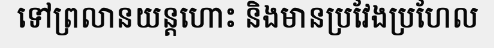
ទៅព្រលានយន្តហោះ និងមានប្រវែងប្រហែល